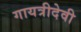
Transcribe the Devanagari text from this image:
गायत्रीदेवी